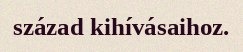
század kihívásaihoz.